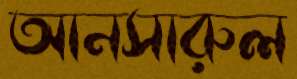
আনসারুল